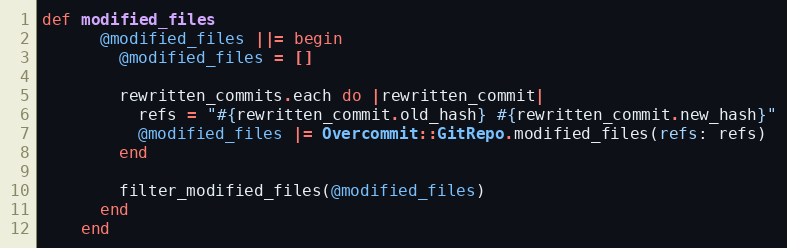
Language: Ruby
def modified_files
      @modified_files ||= begin
        @modified_files = []

        rewritten_commits.each do |rewritten_commit|
          refs = "#{rewritten_commit.old_hash} #{rewritten_commit.new_hash}"
          @modified_files |= Overcommit::GitRepo.modified_files(refs: refs)
        end

        filter_modified_files(@modified_files)
      end
    end